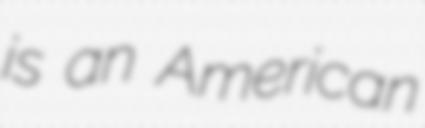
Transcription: is an American